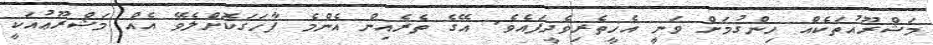
މަޝްރޫއުތަކެއް ހިންގުމަށް ވަނީ އެހީތެރިވެދީފައެވެ. އޭގެ ތެރެއިން އެންމެ ފާހަގަކޮށްލެވޭ އެއް މަޝްރޫޢުއަކީ